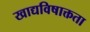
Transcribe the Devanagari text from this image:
खाद्यविषाक्तता